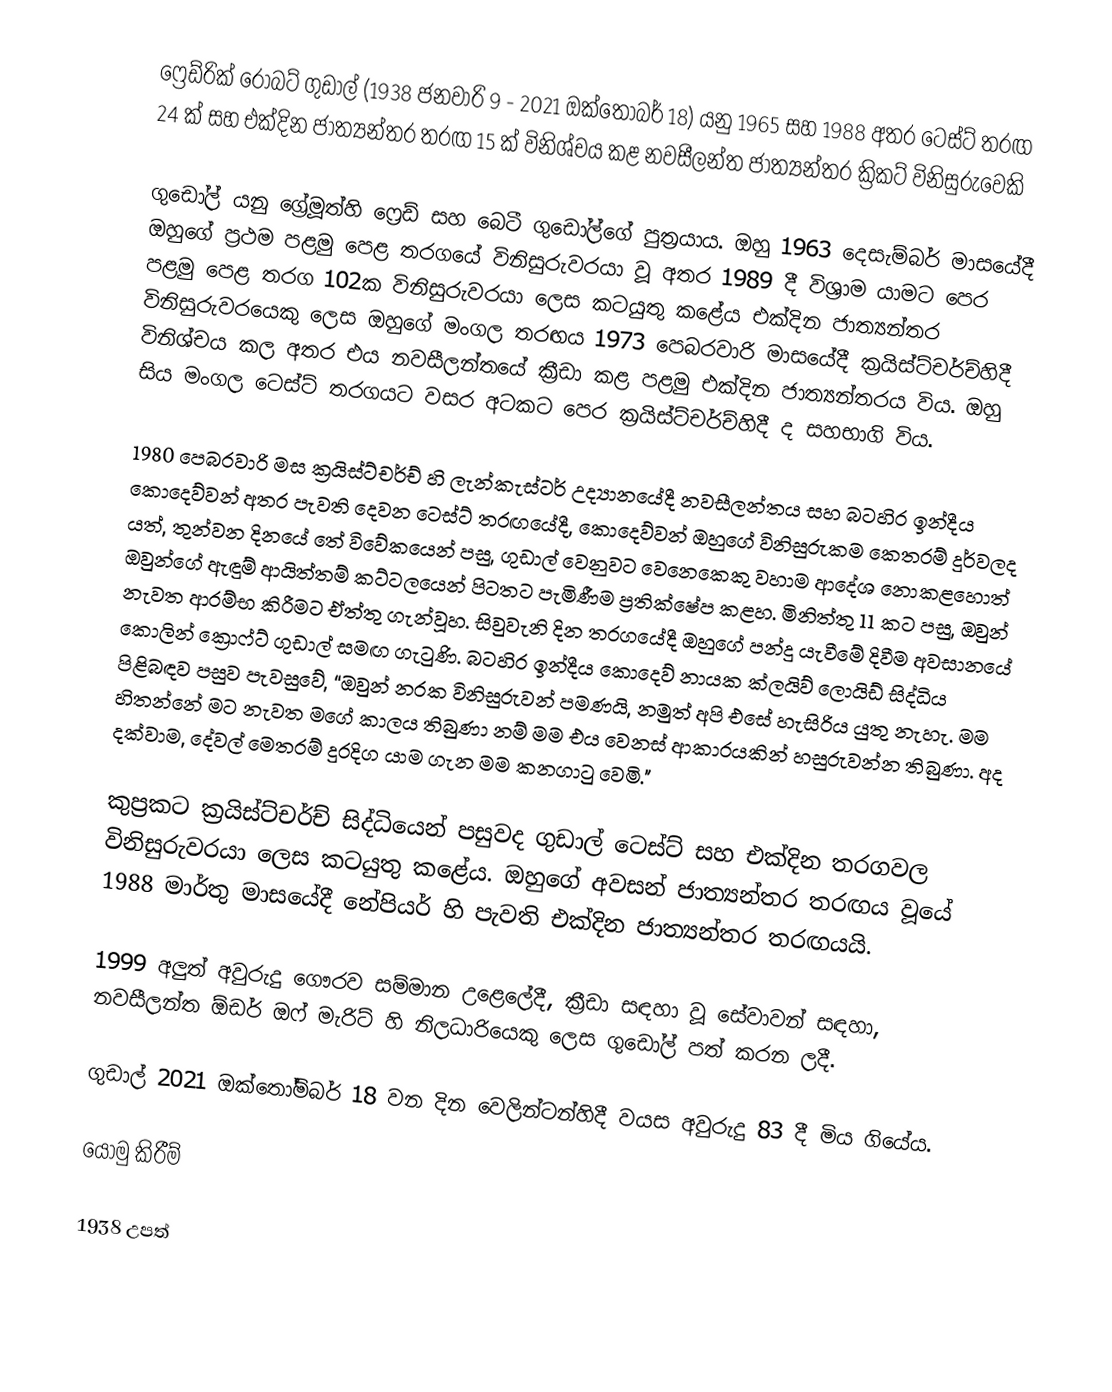
ෆ්‍රෙඩ්රික් රොබට් ගුඩාල් (1938 ජනවාරි 9 - 2021 ඔක්තෝබර් 18) යනු 1965 සහ 1988 අතර ටෙස්ට් තරඟ 24 ක් සහ එක්දින ජාත්‍යන්තර තරඟ 15 ක් විනිශ්චය කළ නවසීලන්ත ජාත්‍යන්තර ක්‍රිකට් විනිසුරුවෙකි

ගුඩෝල් යනු ග්‍රේමූත්හි ෆ්‍රෙඩ් සහ බෙටී ගුඩෝල්ගේ පුත්‍රයාය.  ඔහු 1963 දෙසැම්බර් මාසයේදී ඔහුගේ ප්‍රථම පළමු පෙළ තරගයේ විනිසුරුවරයා වූ අතර 1989 දී විශ්‍රාම යාමට පෙර පළමු පෙළ තරග 102ක විනිසුරුවරයා ලෙස කටයුතු කළේය  එක්දින ජාත්‍යන්තර විනිසුරුවරයෙකු ලෙස ඔහුගේ මංගල තරඟය 1973 පෙබරවාරි මාසයේදී ක්‍රයිස්ට්චර්ච්හිදී විනිශ්චය කල අතර එය නවසීලන්තයේ ක්‍රීඩා කළ පළමු එක්දින ජාත්‍යන්තරය විය.  ඔහු සිය මංගල ටෙස්ට් තරගයට වසර අටකට පෙර ක්‍රයිස්ට්චර්ච්හිදී ද සහභාගි විය.

1980 පෙබරවාරි මස ක්‍රයිස්ට්චර්ච් හි ලැන්කැස්ටර් උද්‍යානයේදී නවසීලන්තය සහ බටහිර ඉන්දීය කොදෙව්වන් අතර පැවති දෙවන ටෙස්ට් තරඟයේදී, කොදෙව්වන් ඔහුගේ විනිසුරුකම කෙතරම් දුර්වලද යත්, තුන්වන දිනයේ තේ විවේකයෙන් පසු, ගුඩාල් වෙනුවට වෙනෙකෙකු වහාම ආදේශ නොකළහොත් ඔවුන්ගේ ඇඳුම් ආයිත්තම් කට්ටලයෙන් පිටතට පැමිණීම ප්‍රතික්ෂේප කළහ.  මිනිත්තු 11 කට පසු, ඔවුන් නැවත ආරම්භ කිරීමට ඒත්තු ගැන්වූහ. සිවුවැනි දින තරගයේදී ඔහුගේ පන්දු යැවීමේ දිවීම අවසානයේ කොලින් ක්‍රොෆ්ට් ගුඩාල් සමඟ ගැටුණි.  බටහිර ඉන්දීය කොදෙව් නායක ක්ලයිව් ලොයිඩ් සිද්ධිය පිළිබඳව පසුව පැවසුවේ, “ඔවුන් නරක විනිසුරුවන් පමණයි, නමුත් අපි එසේ හැසිරිය යුතු නැහැ. මම හිතන්නේ මට නැවත මගේ කාලය තිබුණා නම් මම එය වෙනස් ආකාරයකින් හසුරුවන්න තිබුණා. අද දක්වාම, දේවල් මෙතරම් දුරදිග යාම ගැන මම කනගාටු වෙමි."

කුප්‍රකට ක්‍රයිස්ට්චර්ච් සිද්ධියෙන් පසුවද ගුඩාල් ටෙස්ට් සහ එක්දින තරගවල විනිසුරුවරයා ලෙස කටයුතු කළේය. ඔහුගේ අවසන් ජාත්‍යන්තර තරඟය වූයේ 1988 මාර්තු මාසයේදී නේපියර් හි පැවති එක්දින ජාත්‍යන්තර තරඟයයි.

1999 අලුත් අවුරුදු ගෞරව සම්මාන උළෙලේදී, ක්‍රීඩා සඳහා වූ සේවාවන් සඳහා, නවසීලන්ත ඕඩර් ඔෆ් මැරිට් හි නිලධාරියෙකු ලෙස ගුඩෝල් පත් කරන ලදී.

ගුඩාල් 2021 ඔක්තෝම්බර් 18 වන දින වෙලින්ටන්හිදී වයස අවුරුදු 83 දී මිය ගියේය.

යොමු කිරීම්

1938 උපත්